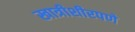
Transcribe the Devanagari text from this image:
खात्रीशीरपणे